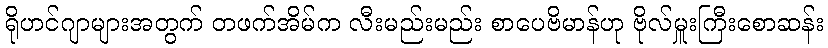
ရိုဟင်ဂျာများအတွက် တဖက်အိမ်က လီးမည်းမည်း စာပေဗိမာန်ဟု ဗိုလ်မှူးကြီးစောဆန်း